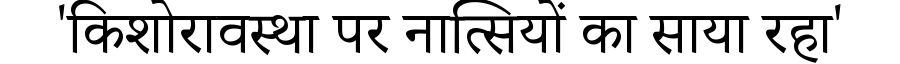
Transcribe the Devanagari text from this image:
'किशोरावस्था पर नात्सियों का साया रहा'